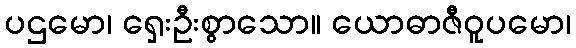
ပဌမော၊ ရှေးဦးစွာသော။ ယောဓာဇီဝူပမော၊